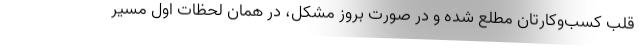
قلب کسب‌وکارتان مطلع شده و در صورت بروز مشکل، در همان لحظات اول مسیر